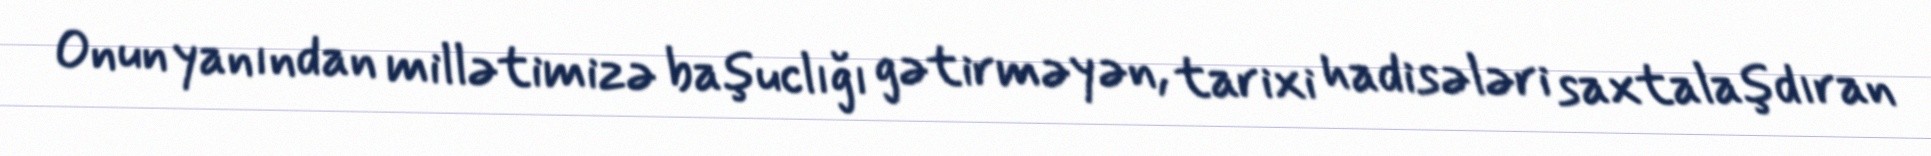
Onun yanından millətimizə başuclığı gətirməyən, tarixi hadisələri saxtalaşdıran